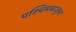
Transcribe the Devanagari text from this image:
पश्चिमबाजुला